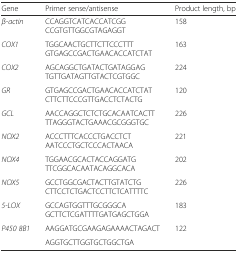
| Gene | Primer sense/antisense | Product length, bp |
 | --- | --- | --- |
 | β-actin | CCAGGTCATCACCATCGGCCGTGTTGGCGTAGAGGT | 158 |
 | COX1 | TGGCAACTGCTTCTTCCCTTTGTGAGCCGACTGAACACCATCTAT | 163 |
 | COX2 | AGCAGGCTGATACTGATAGGAGTGTTGATAGTTGTACTCGTGGC | 224 |
 | GR | GTGAGCCGACTGAACACCATCTATCTTCTTCCCGTTGACCTCTACTG | 120 |
 | GCL | AACCAGGCTCTCTGCACAATCACTTTTAGGGTACTGAAACGCGGGTGC | 226 |
 | NOX2 | ACCCTTTCACCCTGACCTCTAATCCCTGCTCCCACTAACA | 221 |
 | NOX4 | TGGAACGCACTACCAGGATGTTCGGCACAATACAGGCACA | 202 |
 | NOX5 | GCCTGGCGACTACTTGTATCTGCTTCCTCTGACTCCTTCTCATTTTC | 226 |
 | 5-LOX | GCCAGTGGTTTGCGGGCAGCTTCTCGATTTTGATGAGCTGGA | 183 |
 | <ROWSPAN=2> P450 8B1 | AAGGATGCGAAGAGAAAACTAGACT | <ROWSPAN=2> 122 |
 | AGGTGCTTGGTGCTGGCTGA |